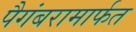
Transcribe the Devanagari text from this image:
पैगंबरामार्फत